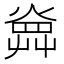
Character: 𤍚